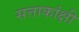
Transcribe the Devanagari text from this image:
सत्ताकांक्षी